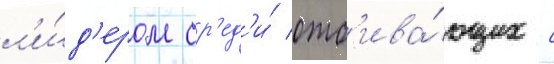
л'и́д'ером ср'ед'и́ отб'ива́ющих с